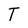
Character: T